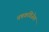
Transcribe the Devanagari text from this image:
चषकविजेता